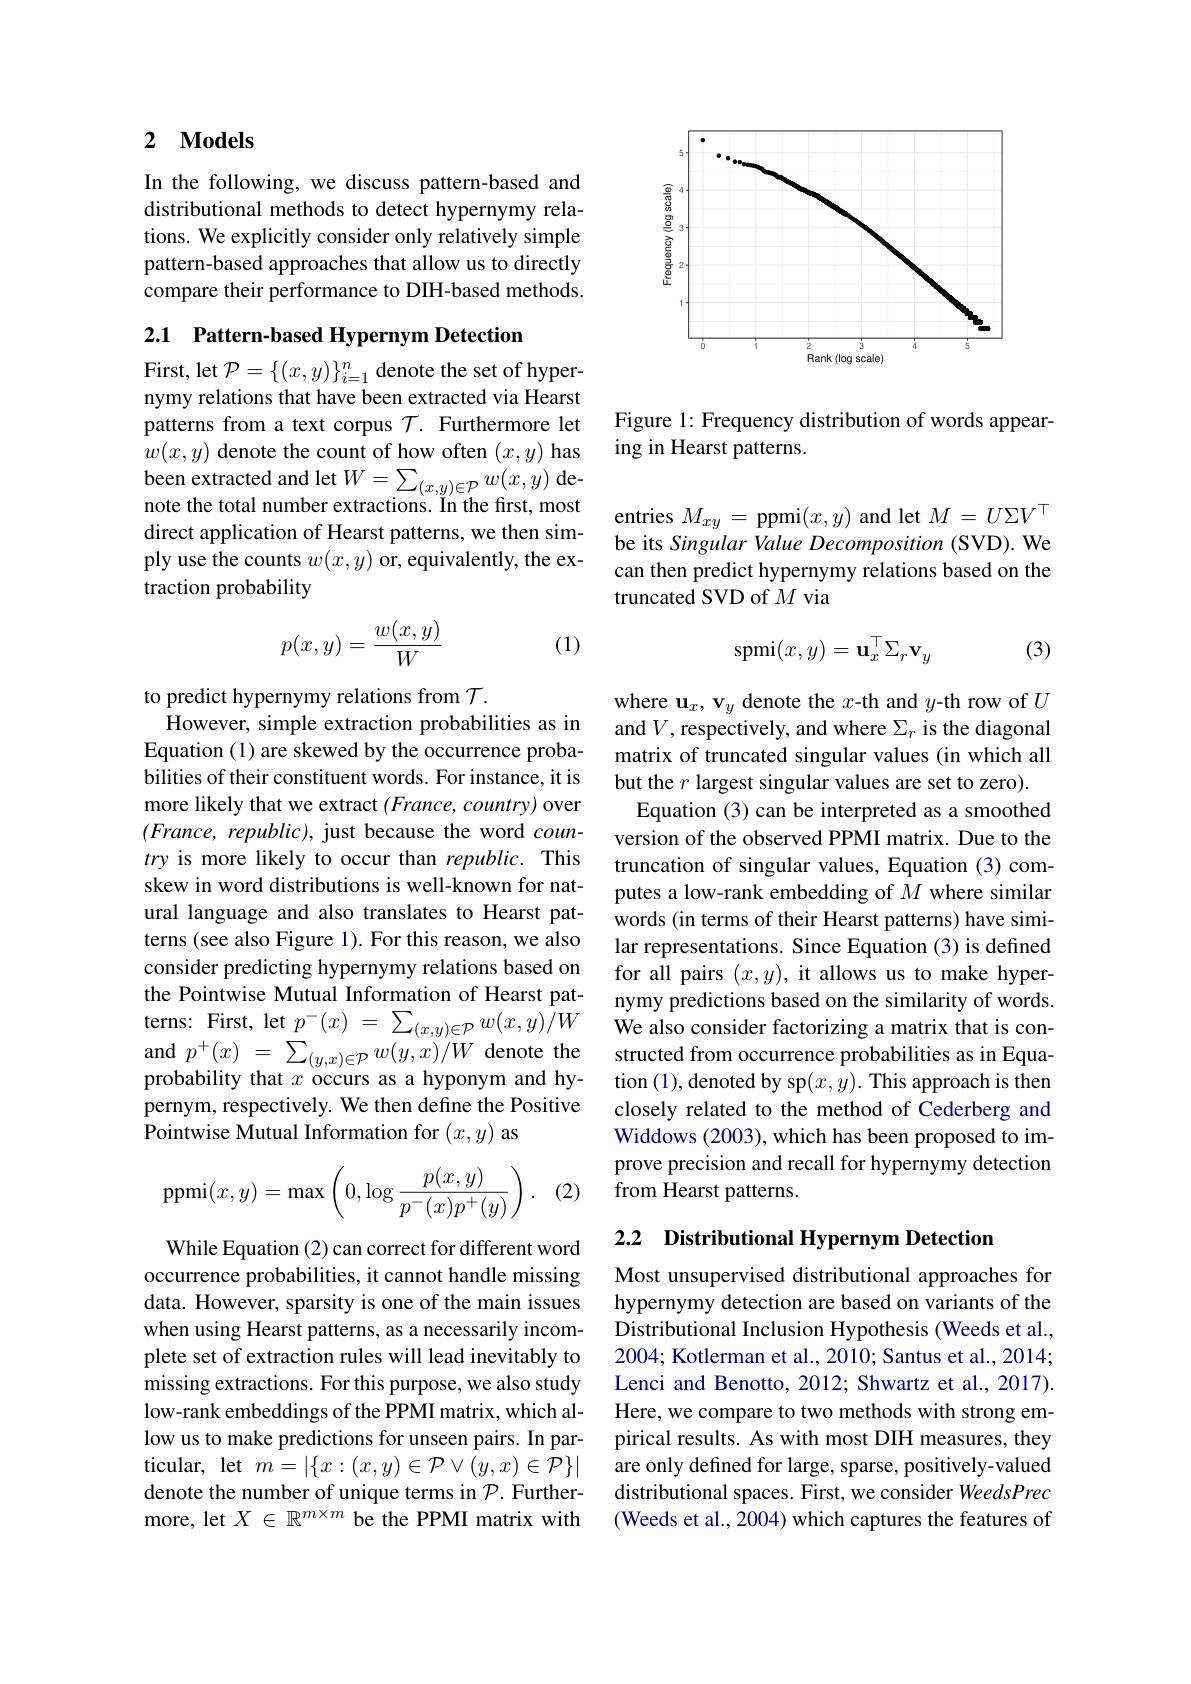
## 2 $\mathbf{Models}$

In the following, we discuss pattern-based and distributional methods to detect hypernymy relations. We explicitly consider only relatively simple pattern-based approaches that allow us to directly compare their performance to DIH-based methods.

### 2.1 Pattern-based Hypernym Detection

First, let $\mathcal{P}=\{(x,y)\}_{i=1}^n$ denote the set of hypernymy relations that have been extracted via Hearst patterns from a text corpus $\mathcal{T}.$ Furthermore let $w(x,y)$ denote the count of how often $(x,y)$ has $\begin{array}{l}{\text{been extracted and let}W=\sum_{(x,y)\in\mathcal{P}}w(x,y)\text{ de-}}\\{\text{note the total number extractions. In the first, most}}\end{array}$ direct application of Hearst patterns, we then simply use the counts $w(x,y)$ or, equivalently, the extraction probability
$$p(x,y)=\frac{w(x,y)}{W}$$
(1)

to predict hypernymy relations from $\mathcal{T}.$
However, simple extraction probabilities as in Equation (1) are skewed by the occurrence probabilities of their constituent words. For instance, it is more likely that we extract $(France,country)$ over $(France,republic)$, just because the word $coun-$ try is more likely to occur than republic. This skew in word distributions is well-known for natural language and also translates to Hearst patterns (see also Figure 1). For this reason, we also consider predicting hypernymy relations based on the Pointwise Mutual Information of Hearst patterns: First, let $p^- ( x)$ = $\sum _{( x, y) \in \mathcal{P} }w( x, y) / W$ We also consider factorizing a matrix that is con-
${\mathrm{and~}}p^{+ }( x)$ = $\sum _{( y, x) \in \mathcal{P} }w( y, x) / W$ denote the probability that $x$ occurs as a hyponym and hypernym, respectively. We then define the Positive Pointwise Mutual Information for $(x,y)$ as

(2)
$$\operatorname{ppmi}(x,y)=\max\left(0,\log\frac{p(x,y)}{p^-(x)p^+(y)}\right).$$
While Equation (2) can correct for different word occurrence probabilities, it cannot handle missing data. However, sparsity is one of the main issues when using Hearst patterns, as a necessarily incomplete set of extraction rules will lead inevitably to missing extractions. For this purpose, we also study low-rank embeddings of the PPMI matrix, which allow us to make predictions for unseen pairs. In particular, let $m=|\{x:(x,y)\in\mathcal{P}\vee(y,x)\in\mathcal{P}\}|$ denote the number of unique terms in $\mathcal{P}.$ Furthermore, let $X\in\mathbb{R}^{m\times m}$ be the PPMI matrix with

<FigureHere>

Figure 1: Frequency distribution of words appear-
ing in Hearst patterns.

entries $M_xy=$ ppmi$(x,y)$ and let $M=U\Sigma V^\top$ be its Singular Value Decomposition (SVD). We can then predict hypernymy relations based on the truncated SVD of $M$ via
$$\mathrm{spmi}(x,y)=\mathbf{u}_x^\top\Sigma_r\mathbf{v}_y$$
(3)

where $\mathbf{u}_x,\mathbf{v}_y$ denote the $x$-th and $y$-th row of $U$ and $V$, respectively, and where $\Sigma_r$ is the diagonal matrix of truncated singular values (in which all but the $r$ largest singular values are set to zero).
Equation (3) can be interpreted as a smoothed version of the observed PPMI matrix. Due to the truncation of singular values, Equation (3) computes a low-rank embedding of $M$ where similar words (in terms of their Hearst patterns) have similar representations. Since Equation (3) is defined for all pairs $(x,y)$, it allows us to make hypernymy predictions based on the similarity of words. structed from occurrence probabilities as in Equation (1),denoted by sp$(x,y).$ This approach is then closely related to the method of Cederberg and Widdows (2003), which has been proposed to improve precision and recall for hypernymy detection from Hearst patterns.

## 2.2 Distributional Hypernym Detection

Most unsupervised distributional approaches for hypernymy detection are based on variants of the Distributional Inclusion Hypothesis (Weeds et al., 2004; Kotlerman et al., 2010; Santus et al., 2014; Lenci and Benotto, 2012; Shwartz et al., 2017). Here, we compare to two methods with strong empirical results. As with most DIH measures, they are only defined for large, sparse, positively-valued distributional spaces. First, we consider WeedsPrec (Weeds et al., 2004) which captures the features of